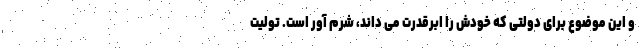
و این موضوع برای دولتی که خودش را ابرقدرت می داند، شرم آور است. تولیت